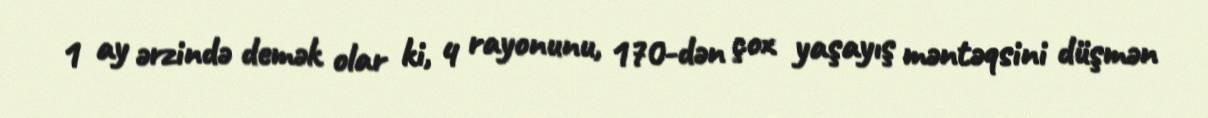
1 ay ərzində demək olar ki, 4 rayonunu, 170-dən çox yaşayış məntəqsini düşmən